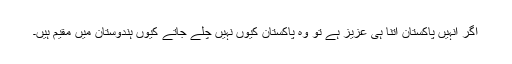
اگر انہیں پاکستان اتنا ہی عزیز ہے تو وہ پاکستان کیوں نہیں چلے جاتے کیوں ہندوستان میں مقیم ہیں۔